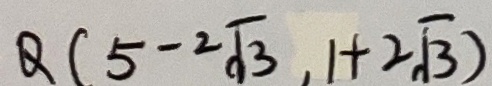
Q ( 5 - 2 \sqrt { 3 } , 1 + 2 \sqrt { 3 } )